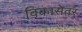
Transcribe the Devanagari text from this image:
विकासेतर